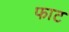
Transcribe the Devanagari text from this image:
फाट